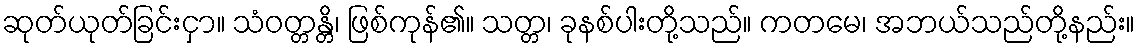
ဆုတ်ယုတ်ခြင်းငှာ။ သံဝတ္တန္တိ၊ ဖြစ်ကုန်၏။ သတ္တ၊ ခုနစ်ပါးတို့သည်။ ကတမေ၊ အဘယ်သည်တို့နည်း။